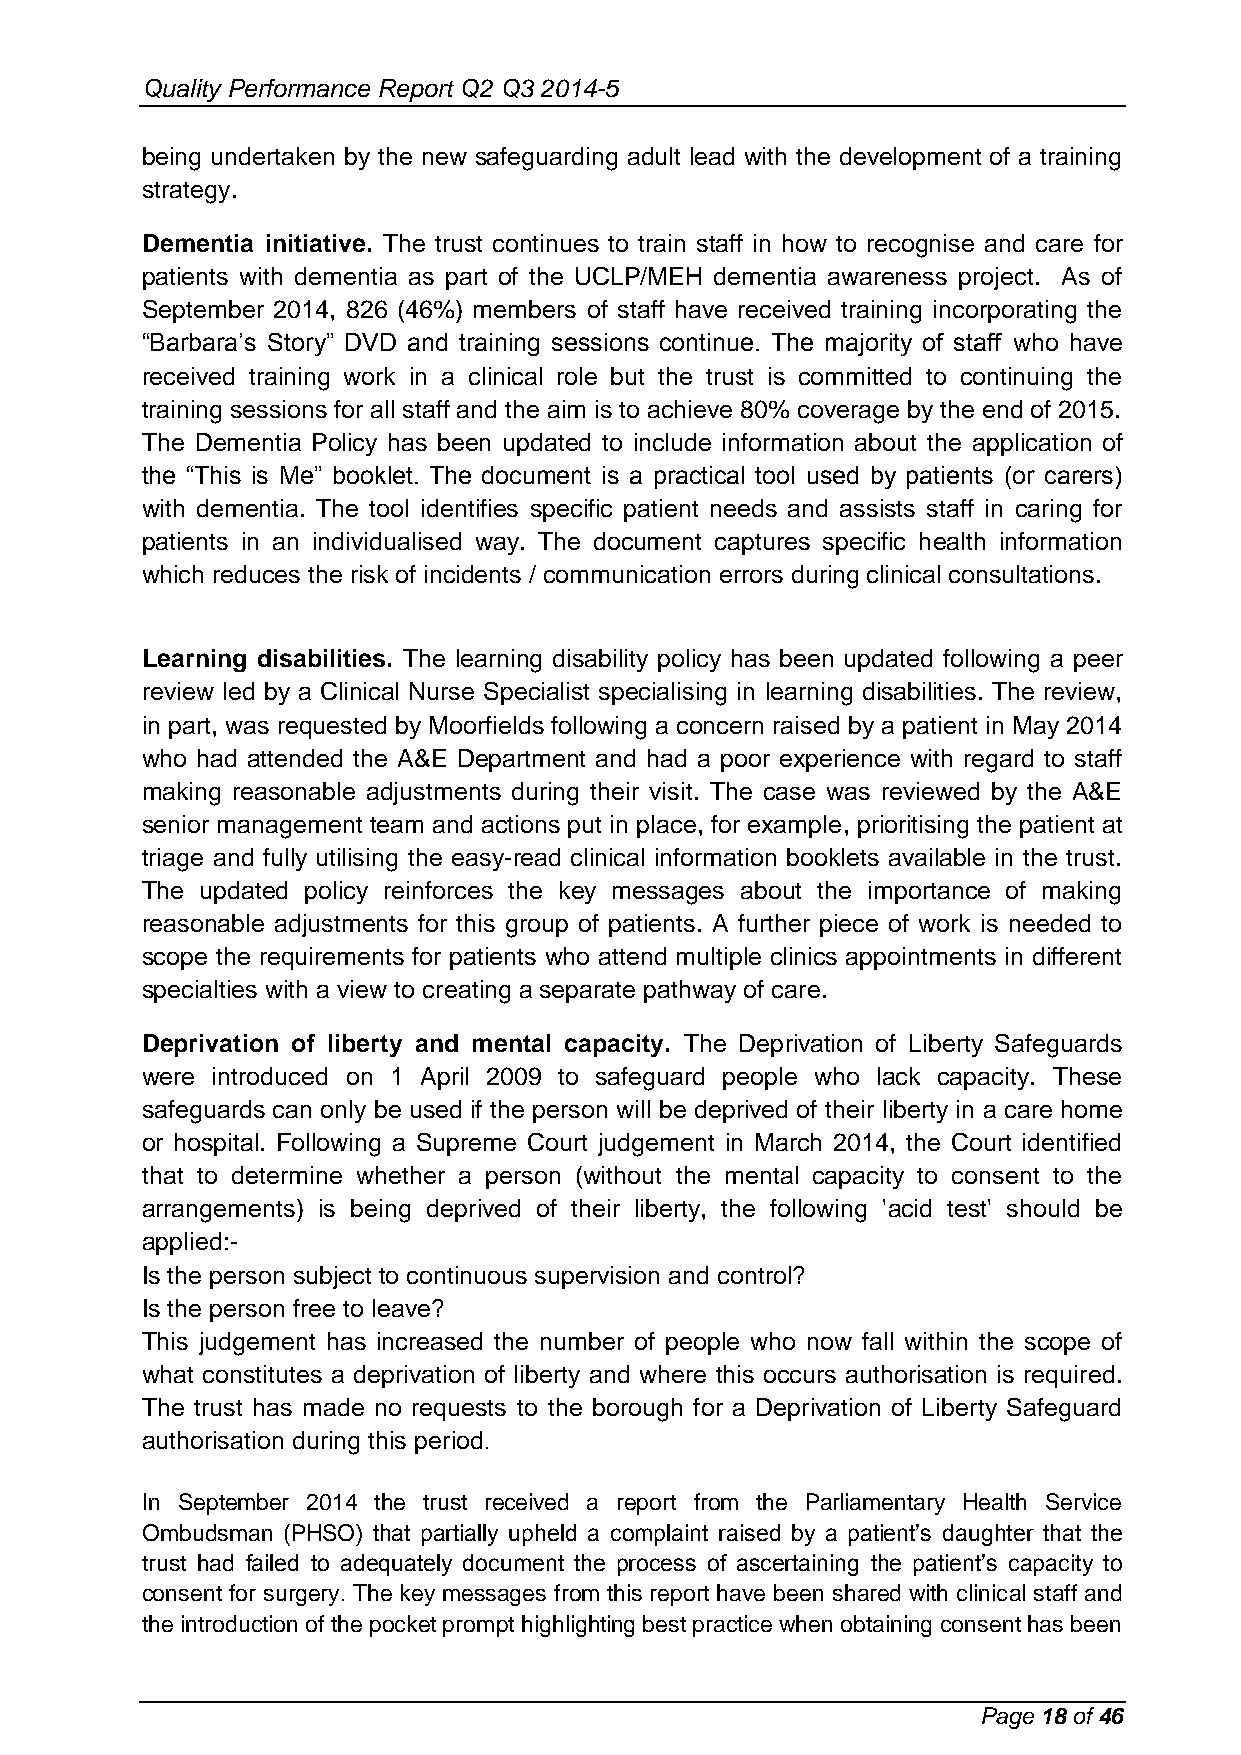
Quality Performance Report Q2 Q3 2014-5
 being undertaken by the new safeguarding adult lead with the development of a training
 strategy.
 Dementia initiative. The trust continues to train staff in how to recognise and care for
 patients with dementia as part of the UCLP/MEH dementia awareness project. As of
 September 2014, 826 (46%) members of staff have received training incorporating the
 “Barbara’s Story” DVD and training sessions continue. The majority of staff who have
 received training work in a clinical role but the trust is committed to continuing the
 training sessions for all staff and the aim is to achieve 80% coverage by the end of 2015.
 The Dementia Policy has been updated to include information about the application of
 the “This is Me” booklet. The document is a practical tool used by patients (or carers)
 with dementia. The tool identifies specific patient needs and assists staff in caring for
 patients in an individualised way. The document captures specific health information
 which reduces the risk of incidents / communication errors during clinical consultations.
 Learning disabilities. The learning disability policy has been updated following a peer
 review led by a Clinical Nurse Specialist specialising in learning disabilities. The review,
 in part, was requested by Moorfields following a concern raised by a patient in May 2014
 who had attended the A&E Department and had a poor experience with regard to staff
 making reasonable adjustments during their visit. The case was reviewed by the A&E
 senior management team and actions put in place, for example, prioritising the patient at
 triage and fully utilising the easy-read clinical information booklets available in the trust.
 The updated policy reinforces the key messages about the importance of making
 reasonable adjustments for this group of patients. A further piece of work is needed to
 scope the requirements for patients who attend multiple clinics appointments in different
 specialties with a view to creating a separate pathway of care.
 Deprivation of liberty and mental capacity. The Deprivation of Liberty Safeguards
 were introduced on 1 April 2009 to safeguard people who lack capacity. These
 safeguards can only be used if the person will be deprived of their liberty in a care home
 or hospital. Following a Supreme Court judgement in March 2014, the Court identified
 that to determine whether a person (without the mental capacity to consent to the
 arrangements) is being deprived of their liberty, the following 'acid test' should be
 applied:-
 Is the person subject to continuous supervision and control?
 Is the person free to leave?
 This judgement has increased the number of people who now fall within the scope of
 what constitutes a deprivation of liberty and where this occurs authorisation is required.
 The trust has made no requests to the borough for a Deprivation of Liberty Safeguard
 authorisation during this period.
 In September 2014 the trust received a report from the Parliamentary Health Service
 Ombudsman (PHSO) that partially upheld a complaint raised by a patient’s daughter that the
 trust had failed to adequately document the process of ascertaining the patient’s capacity to
 consent for surgery. The key messages from this report have been shared with clinical staff and
 the introduction of the pocket prompt highlighting best practice when obtaining consent has been
 Page 18 of 46